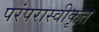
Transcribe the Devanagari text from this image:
परंपरास्वीकृत